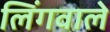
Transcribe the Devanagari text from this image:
लिंगवाले